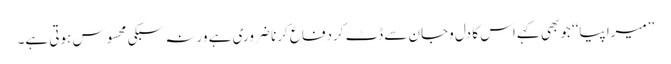
’’میرا پیا‘‘ جوبھی کہے اس کا دل وجان سے ڈٹ کردفاع کرنا ضروری ہے ورنہ سبکی محسوس ہوتی ہے۔